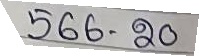
566 - 20